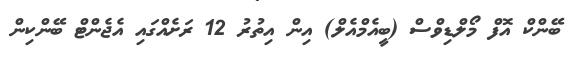
ބޭންކް އޮފް މޯލްޑިވްސް (ބީއެމްއެލް) އިން އިތުރު 12 ރަށެއްގައި އެޖެންޓް ބޭންކިން